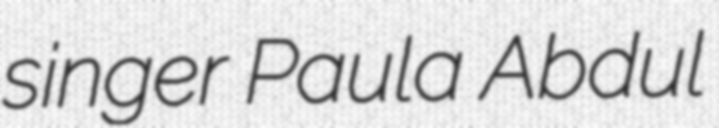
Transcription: singer Paula Abdul